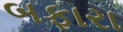
બફારા